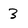
Character: 3